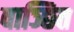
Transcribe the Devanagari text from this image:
वाञ्छित